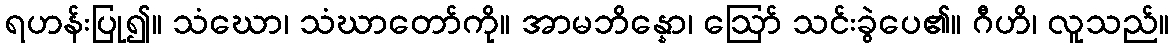
ရဟန်းပြု၍။ သံဃော၊ သံဃာတော်ကို။ အာမဘိန္နော၊ ဩော် သင်းခွဲပေ၏။ ဂီဟိ၊ လူသည်။